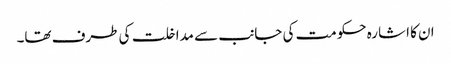
ان کا اشارہ حکومت کی جانب سے مداخلت کی طرف تھا۔